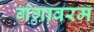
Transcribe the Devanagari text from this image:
गंगावरम